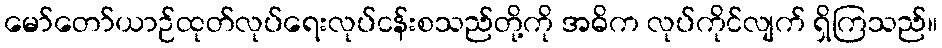
မော်တော်ယာဉ်ထုတ်လုပ်ရေးလုပ်ငန်းစသည်တို့ကို အဓိက လုပ်ကိုင်လျက် ရှိကြသည်။